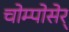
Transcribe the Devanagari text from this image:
चोम्पोसेर्